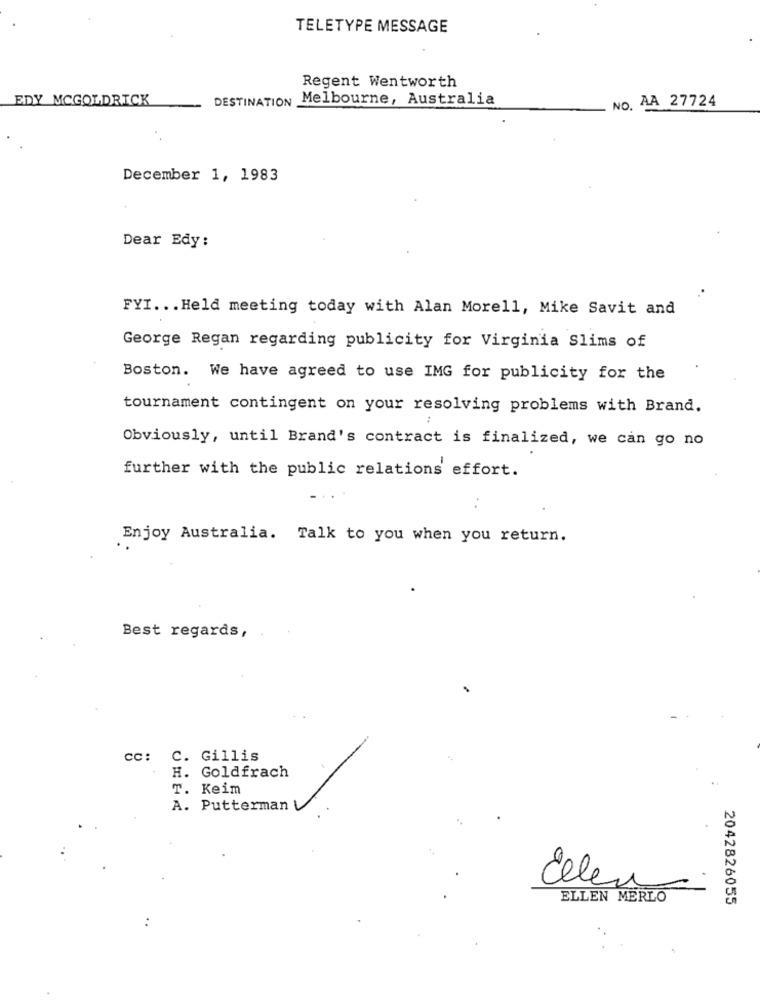
TELETYPE MESSAGE
Regent Wentworth
EDY MCGOLDRICK
DESTINATION Melbourne, Australia
NO. AA 27724
December 1, 1983
Dear Edy:
FYI ... Held meeting today with Alan Morell, Mike Savit and
George Regan regarding publicity for Virginia Slims of
Boston. We have agreed to use IMG for publicity for the
tournament contingent on your resolving problems with Brand.
Obviously, until Brand's contract is finalized, we can go no
further with the public relations effort.
. .
Enjoy Australia. Talk to you when you return.
Best regards,
cc: C. Gillis
H. Goldfrach
T. Keim
A. Putterman
Ellen
ELLEN MERLO
2042826055